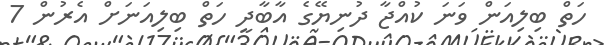
ހަތް ބިލިއަން ވަނަ ކުއްޖާ ދުނިޔޭގެ އާބާދީ ހަތް ބިލިއަނަށް އެރުން 7